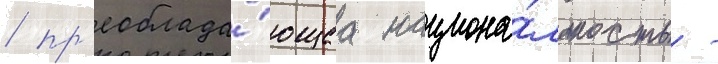
/ пр'еоблада́ющаа национа́льность -